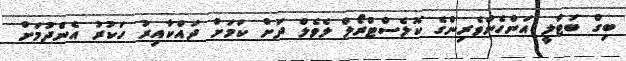
ބިގް ބަޓްލީ އަންހެންވެރިންގެ ކޮލެސްޓްރޯލް ލެވެލް ދަށް ކަމަށް ދައްކާއިރު ހަކުރު އެންދުމަށް